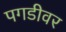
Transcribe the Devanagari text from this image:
पगडीवर